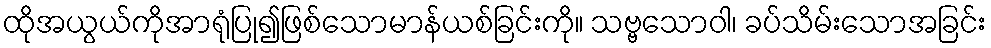
ထိုအယွယ်ကိုအာရုံပြု၍ဖြစ်သောမာန်ယစ်ခြင်းကို။ သဗ္ဗသောဝါ၊ ခပ်သိမ်းသောအခြင်း